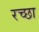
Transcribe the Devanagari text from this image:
रच्‍छा